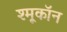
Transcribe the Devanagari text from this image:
श्मूकॉन